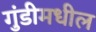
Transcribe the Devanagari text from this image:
गुंडीमधील